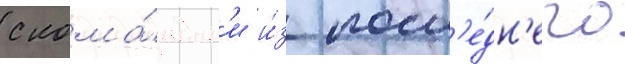
с кома́ндам'и и́з посл'е́дн'его